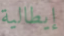
إيطالية